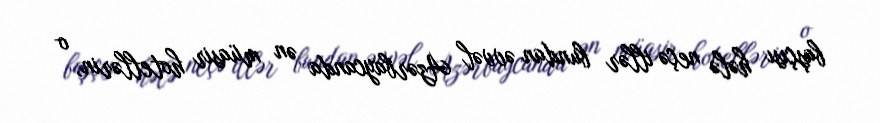
başçısı hələ neçə illər bundan əvvəl Azərbaycanda ən müasir hotellərin, o